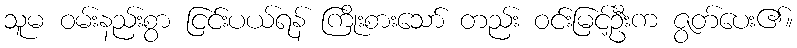
သူမ ဝမ်းနည်းစွာ ငြင်းပယ်ရန် ကြိုးစားသော် တည်း ဝင်းမြင့်ဦးက ဇွတ်ပေး၏။